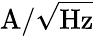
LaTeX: \mathrm{A}/\sqrt{\mathrm{Hz}}